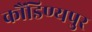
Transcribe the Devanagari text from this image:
कौंडिण्यपुर